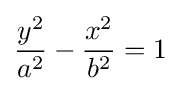
{\frac {y^{2}}{a^{2}}}-{\frac {x^{2}}{b^{2}}}=1